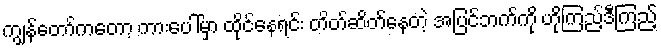
ကျွန်တော်ကတော့ ကားပေါ်မှာ ထိုင်နေရင်း တိတ်ဆိတ်နေတဲ့ အပြင်ဘက်ကို ဟိုကြည့်ဒီကြည့်